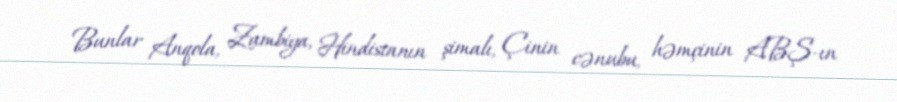
Bunlar Anqola, Zambiya, Hindistanın şimalı, Çinin cənubu, həmçinin ABŞ-ın